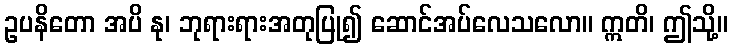
ဥပနိတော အပိ နု၊ ဘုရားရားအတုပြု၍ ဆောင်အပ်လေသလော။ ဣတိ၊ ဤသို့။